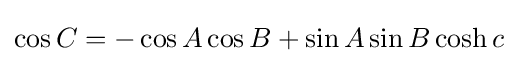
\cos C=-\cos A\cos B+\sin A\sin B\cosh c